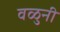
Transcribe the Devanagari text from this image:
वळुनी